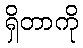
ရှိတာကို